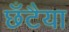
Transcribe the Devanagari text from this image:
छँटैया